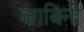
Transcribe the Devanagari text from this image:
काबिनी